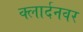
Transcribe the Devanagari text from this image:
क्लार्दनवर